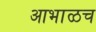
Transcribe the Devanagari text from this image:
आभाळच